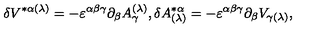
\delta V ^ { * \alpha ( \lambda ) } = - \varepsilon ^ { \alpha \beta \gamma } \partial _ { \beta } A _ { \gamma } ^ { ( \lambda ) } , \delta A _ { ( \lambda ) } ^ { * \alpha } = - \varepsilon ^ { \alpha \beta \gamma } \partial _ { \beta } V _ { \gamma ( \lambda ) } ,